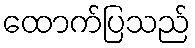
ထောက်ပြသည်